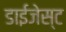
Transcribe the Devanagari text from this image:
डाईजेस्ट